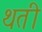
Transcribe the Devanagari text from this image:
थती